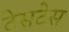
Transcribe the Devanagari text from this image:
टेसटेस